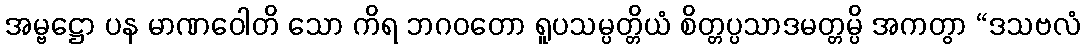
အမ္ဗဋ္ဌော ပန မာဏဝေါတိ သော ကိရ ဘဂဝတော ရူပသမ္ပတ္တိယံ စိတ္တပ္ပသာဒမတ္တမ္ပိ အကတွာ “ဒသဗလံ